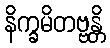
နိက္ခမိတဗ္ဗန္တိ